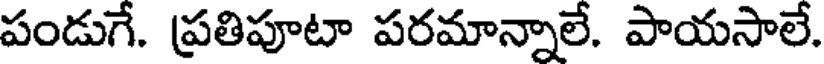
పండుగే. ప్రతిపూటా పరమాన్నాలే. పాయసాలే.